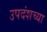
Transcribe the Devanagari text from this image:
उपदंशच्या